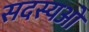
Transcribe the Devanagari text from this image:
सदस्यओ